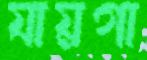
যায়গা